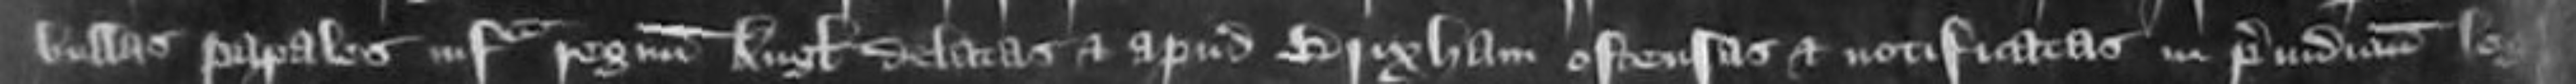
bullas papales infra regni Anglie delatas et apud Brixham ostensas etc notificatas in preiudicium legum